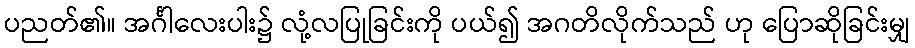
ပညတ်၏။ အင်္ဂါလေးပါး၌ လုံ့လပြုခြင်းကို ပယ်၍ အဂတိလိုက်သည် ဟု ပြောဆိုခြင်းမျှ